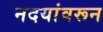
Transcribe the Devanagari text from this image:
नदयांवरून